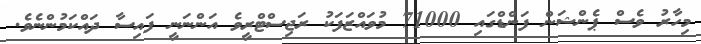
މިހާރު ވެސް ޕެންޝަން ފަންޑްގައި 71000 މުވައްޒަފަކު ރަޖިސްޓްރީވެ އަންނަނީ ފައިސާ ދައްކަމުންނެވެ.